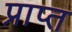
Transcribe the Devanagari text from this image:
प्राप्त